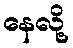
နေလို့